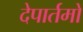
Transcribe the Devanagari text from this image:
देपार्तमों